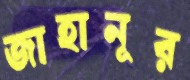
জাহানূর